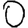
Digit: 0